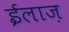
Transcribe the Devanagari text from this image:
ईलाज़